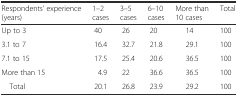
| Respondents’ experience (years) | 1–2 cases | 3–5 cases | 6–10 cases | More than 10 cases | Total |
 | --- | --- | --- | --- | --- | --- |
 | Up to 3 | 40 | 26 | 20 | 14 | 100 |
 | 3.1 to 7 | 16.4 | 32.7 | 21.8 | 29.1 | 100 |
 | 7.1 to 15 | 17.5 | 25.4 | 20.6 | 36.5 | 100 |
 | More than 15 | 4.9 | 22 | 36.6 | 36.5 | 100 |
 | Total | 20.1 | 26.8 | 23.9 | 29.2 | 100 |